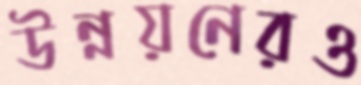
উন্নয়নেরও